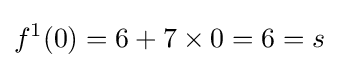
f^{1}(0)=6+7\times 0=6=s